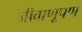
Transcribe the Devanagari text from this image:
जीवाणूपण